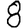
Digit: 8